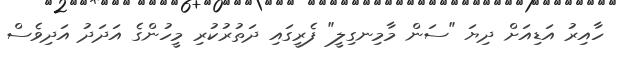
ހާއިރު އަޑިއަށް ދިޔަ "ސަން މާމިނގިލީ" ފެރީގައި ދަތުރުކުރި މީހުންގެ އަދަދު އަދިވެސް